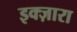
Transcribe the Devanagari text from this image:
इक्ज़ारा